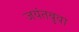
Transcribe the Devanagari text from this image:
जयंतबुवा